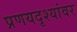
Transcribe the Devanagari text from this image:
प्रणयदृश्यांवर